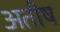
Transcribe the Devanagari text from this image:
अतीष